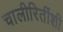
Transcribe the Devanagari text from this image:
चालीरितींशी